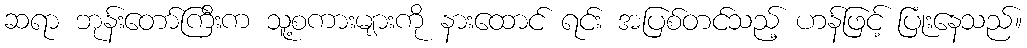
ဆရာ ဘုန်းတော်ကြီးက သူ့စကားများကို နားထောင် ရင်း အပြစ်တင်သည့် ဟန်ဖြင့် ပြုံးနေသည်။